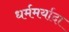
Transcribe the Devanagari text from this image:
धर्ममर्यादा